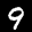
Label: 9